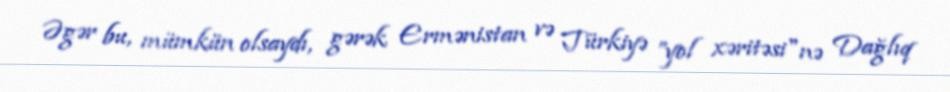
Əgər bu, mümkün olsaydı, gərək Ermənistan və Türkiyə ”yol xəritəsi"nə Dağlıq